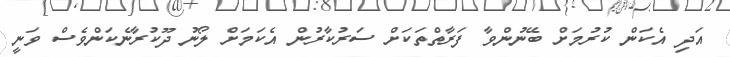
އަދި އެކަން ކުރުމަށް ބޭނުންވާ ފަރާތްތަކަށް ސަރުކާރުން އެކަމަށް ލޯނު ދޫކުރާނެކަންވެސް ވަނީ